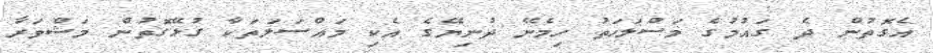
އެގޮތުން ދެ ގައުމުގެ މަސްލަހަތު ހިމެނޭ ދުނިޔޭގެ އެކި މައްސަލަތަކާ ގުޅޭގޮތުން މަޝްވަރާ